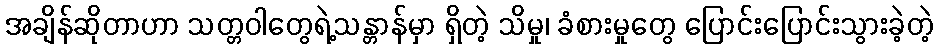
အချိန်ဆိုတာဟာ သတ္တဝါတွေရဲ့သန္တာန်မှာ ရှိတဲ့ သိမှု၊ ခံစားမှုတွေ ပြောင်းပြောင်းသွားခဲ့တဲ့